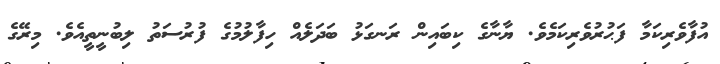
އުފާވެރިކަމާ ފަޙުރުވެރިކަމެވެ. ޔާނާގެ ކިބައިން ރަނގަޅު ބަދަލެއް ހިފާލުމުގެ ފުރުސަތު ލިބުނީތީއެވެ. މިރޭގެ